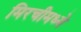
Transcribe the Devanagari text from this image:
मिरचीमध्ये